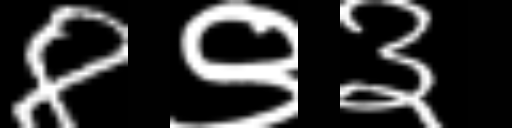
Text: 8९३